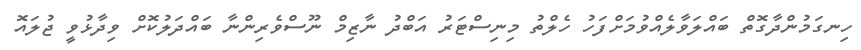
ހިނގަމުންދާގޮތް ބައްލަވާލެއްވުމަށްފަހު ހެލްތު މިނިސްޓަރު އަބްދު ނާޒިމް ނޫސްވެރިންނާ ބައްދަލުކޮށް ވިދާޅުވީ ޖުލައޮ